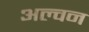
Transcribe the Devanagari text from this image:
अल्वन